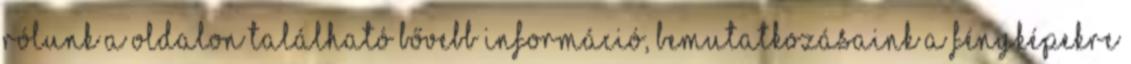
Rólunk a oldalon található bővebb információ, bemutatkozásaink a fényképekre